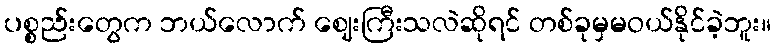
ပစ္စည်းတွေက ဘယ်လောက် ဈေးကြီးသလဲဆိုရင် တစ်ခုမှမဝယ်နိုင်ခဲ့ဘူး။